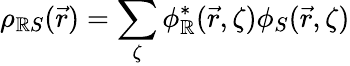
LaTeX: \rho_{\mathbb{R}S}(\vec{{r}})=\sum_{\zeta}\phi_{\mathbb{R}}^{*}(\vec{{r}},\zeta)\phi_{S}(\vec{{r}},\zeta)